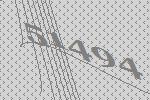
51494